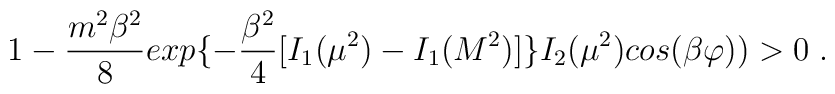
1-{\frac {m^2\beta^2}{8}}exp\{-{\frac {\beta^2}{4}}         [I_{1}(\mu^2)-I_1(M^2)]\}I_2(\mu^2)cos(\beta\varphi))>0 \;.